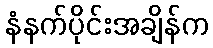
နံနက်ပိုင်းအချိန်က